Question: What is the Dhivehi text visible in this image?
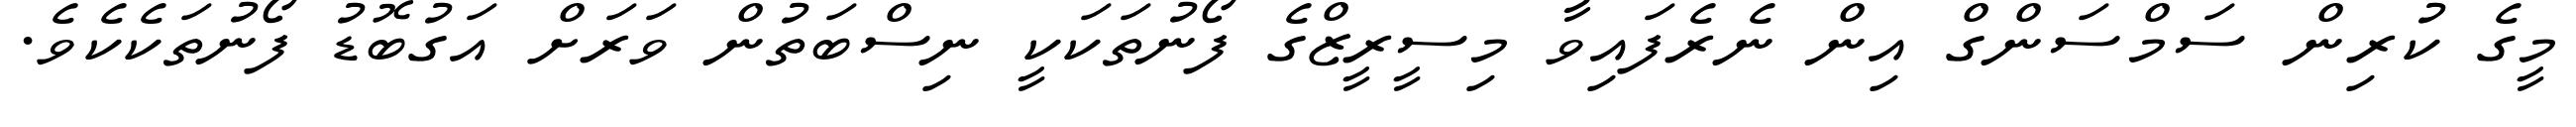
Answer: މީގެ ކުރިން ސަމްސަންގް އިން ނެރެފައިވާ މިސީރީޒްގެ ފޯނުތަކަކީ ނިސްބަތުން ވަރަށް އަގުބޮޑު ފޯނުތަކެކެވެ.